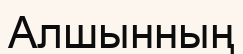
Алшынның